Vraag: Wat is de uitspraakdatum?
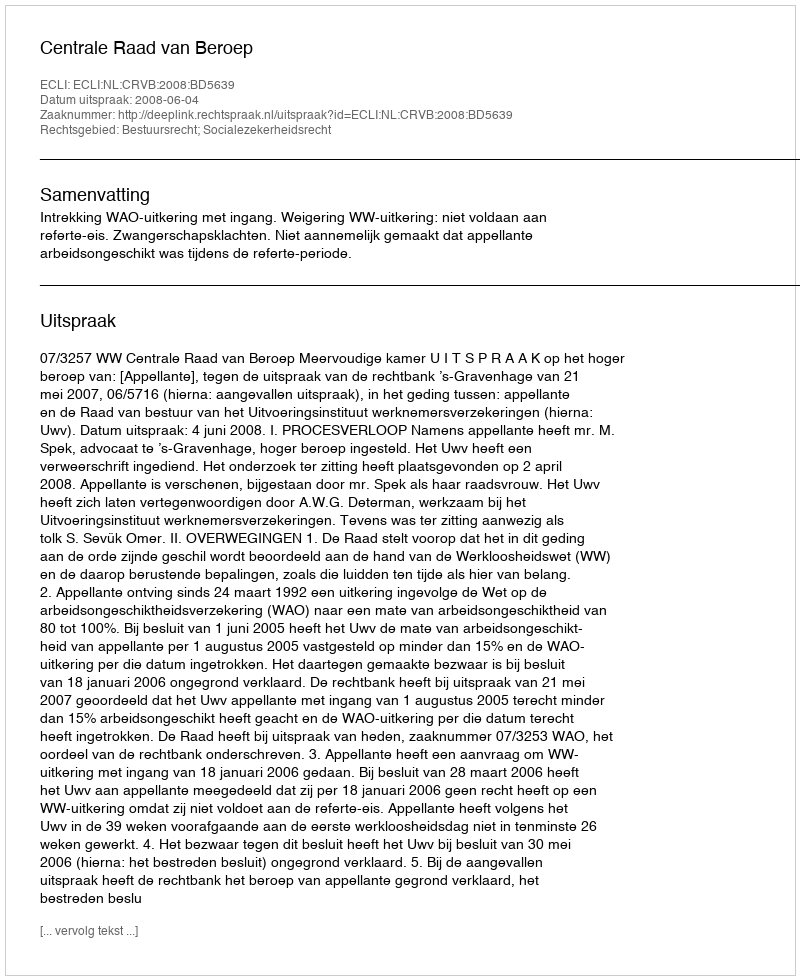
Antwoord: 2008-06-04